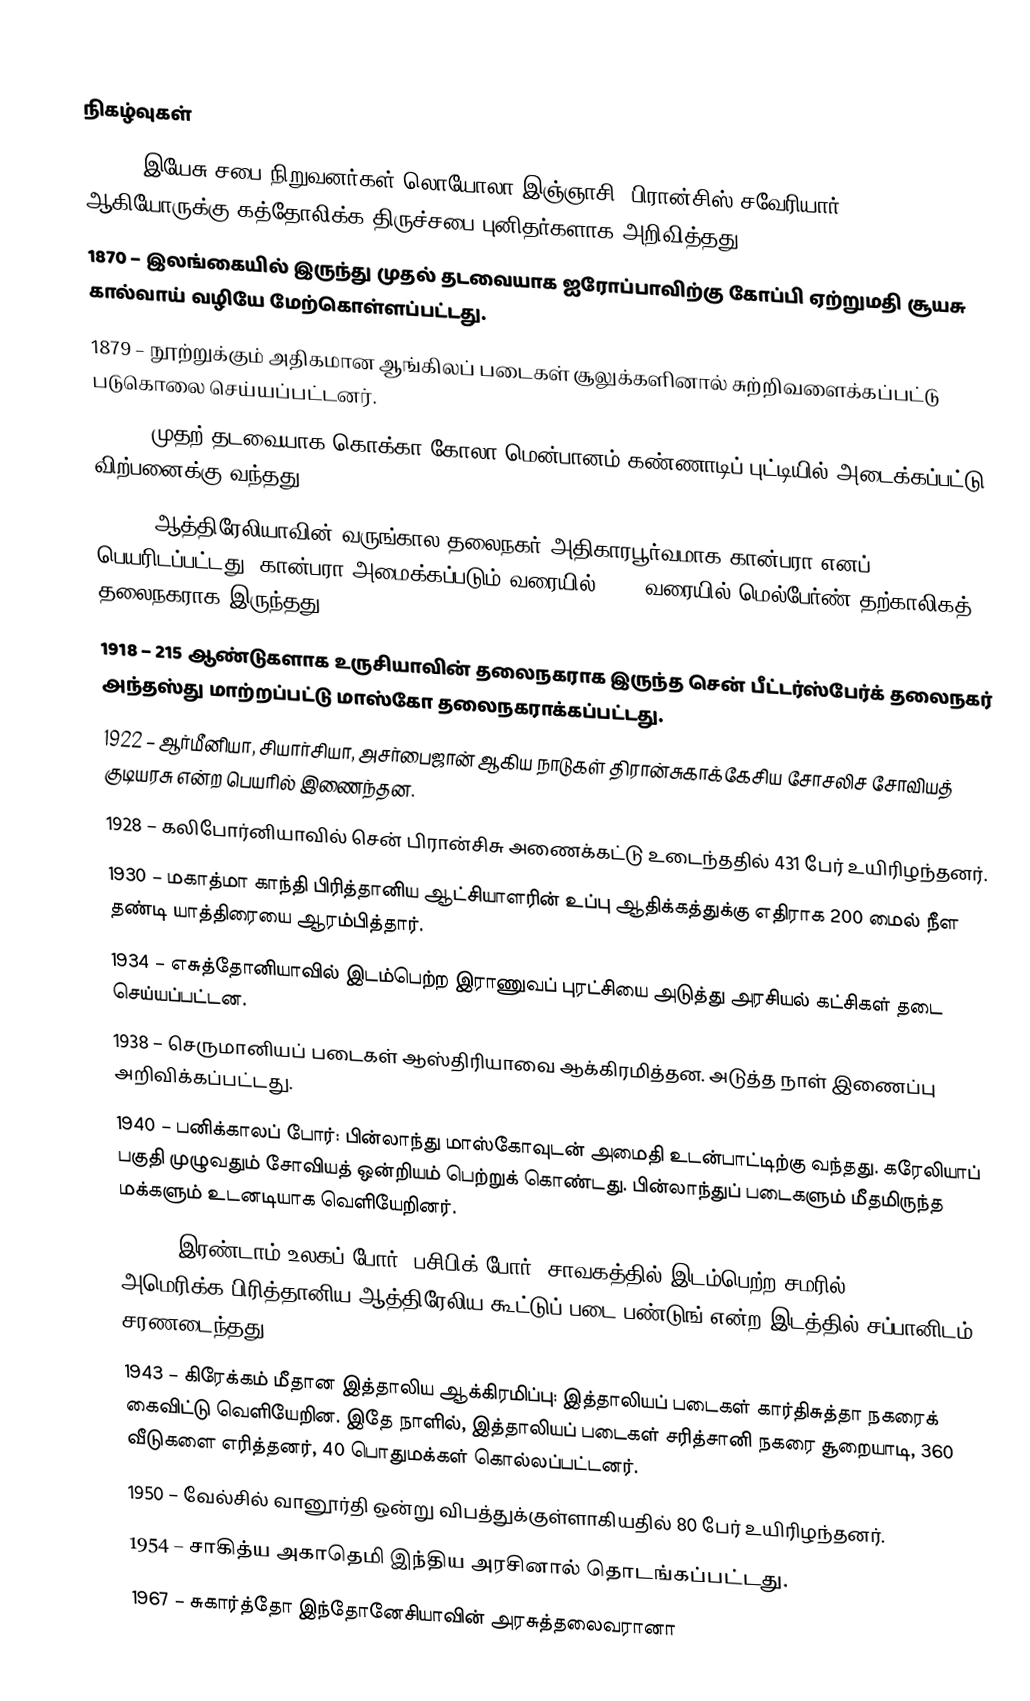

நிகழ்வுகள்
1622 – இயேசு சபை நிறுவனர்கள் லொயோலா இஞ்ஞாசி, பிரான்சிஸ் சவேரியார் ஆகியோருக்கு கத்தோலிக்க திருச்சபை புனிதர்களாக அறிவித்தது.
1870 – இலங்கையில் இருந்து முதல் தடவையாக ஐரோப்பாவிற்கு கோப்பி ஏற்றுமதி சூயசு கால்வாய் வழியே மேற்கொள்ளப்பட்டது.
1879 – நூற்றுக்கும் அதிகமான ஆங்கிலப் படைகள் சூலுக்களினால் சுற்றிவளைக்கப்பட்டு படுகொலை செய்யப்பட்டனர்.
1894 – முதற் தடவையாக கொக்கா-கோலா மென்பானம் கண்ணாடிப் புட்டியில் அடைக்கப்பட்டு விற்பனைக்கு வந்தது.
1913 – ஆத்திரேலியாவின் வருங்கால தலைநகர் அதிகாரபூர்வமாக கான்பரா எனப் பெயரிடப்பட்டது. கான்பரா அமைக்கப்படும் வரையில் 1927 வரையில் மெல்பேர்ண் தற்காலிகத் தலைநகராக இருந்தது.
1918 – 215 ஆண்டுகளாக உருசியாவின் தலைநகராக இருந்த சென் பீட்டர்ஸ்பேர்க் தலைநகர் அந்தஸ்து மாற்றப்பட்டு மாஸ்கோ தலைநகராக்கப்பட்டது.
1922 – ஆர்மீனியா, சியார்சியா, அசர்பைஜான் ஆகிய நாடுகள் திரான்சுகாக்கேசிய சோசலிச சோவியத் குடியரசு என்ற பெயரில் இணைந்தன.
1928 – கலிபோர்னியாவில் சென் பிரான்சிசு அணைக்கட்டு உடைந்ததில் 431 பேர் உயிரிழந்தனர்.
1930 – மகாத்மா காந்தி பிரித்தானிய ஆட்சியாளரின் உப்பு ஆதிக்கத்துக்கு எதிராக 200 மைல் நீள தண்டி யாத்திரையை ஆரம்பித்தார்.
1934 – எசுத்தோனியாவில் இடம்பெற்ற இராணுவப் புரட்சியை அடுத்து அரசியல் கட்சிகள் தடை செய்யப்பட்டன.
1938 – செருமானியப் படைகள் ஆஸ்திரியாவை ஆக்கிரமித்தன. அடுத்த நாள் இணைப்பு அறிவிக்கப்பட்டது.
1940 – பனிக்காலப் போர்: பின்லாந்து மாஸ்கோவுடன் அமைதி உடன்பாட்டிற்கு வந்தது. கரேலியாப் பகுதி முழுவதும் சோவியத் ஒன்றியம் பெற்றுக் கொண்டது. பின்லாந்துப் படைகளும் மீதமிருந்த மக்களும் உடனடியாக வெளியேறினர்.
1942 – இரண்டாம் உலகப் போர்: பசிபிக் போர்: சாவகத்தில் இடம்பெற்ற சமரில் அமெரிக்க-பிரித்தானிய-ஆத்திரேலிய கூட்டுப் படை பண்டுங் என்ற இடத்தில் சப்பானிடம் சரணடைந்தது.
1943 – கிரேக்கம் மீதான இத்தாலிய ஆக்கிரமிப்பு: இத்தாலியப் படைகள் கார்திசுத்தா நகரைக் கைவிட்டு வெளியேறின. இதே நாளில், இத்தாலியப் படைகள் சரித்சானி நகரை சூறையாடி, 360 வீடுகளை எரித்தனர், 40 பொதுமக்கள் கொல்லப்பட்டனர்.
1950 – வேல்சில் வானூர்தி ஒன்று விபத்துக்குள்ளாகியதில் 80 பேர் உயிரிழந்தனர்.
1954 – சாகித்ய அகாதெமி இந்திய அரசினால் தொடங்கப்பட்டது.
1967 – சுகார்த்தோ இந்தோனேசியாவின் அரசுத்தலைவரானா